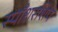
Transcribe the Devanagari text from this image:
स्पाँशरशिप